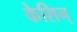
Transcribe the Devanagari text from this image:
केशिन्